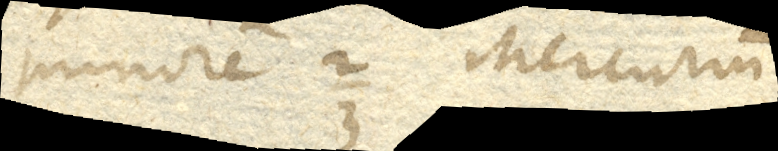
minorem Mercurium.